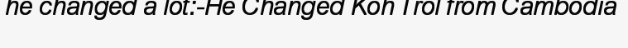
he changed a lot:-He Changed Koh Trol from Cambodia